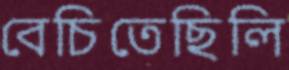
বেচিতেছিলি